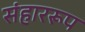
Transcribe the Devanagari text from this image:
संहाररूप